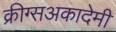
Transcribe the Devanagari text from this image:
क्रीग्सअकादेमी